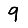
Digit: 9